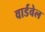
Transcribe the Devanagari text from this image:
वार्डवेल